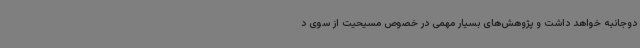
دوجانبه خواهد داشت و پژوهش‌های بسیار مهمی در خصوص مسیحیت از سوی د